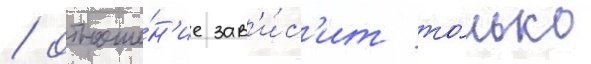
/ отноше́н'ие зав'и́с'ит то́лько